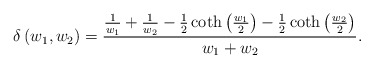
\begin{align*}\delta\left(w_1,w_2\right)= \frac{\frac{1}{w_{1}}+\frac{1}{w_{2}}-\frac{1}{2}\coth\left(\frac{w_{1}}{2}\right)-\frac{1}{2}\coth\left(\frac{w_{2}}{2}\right)}{w_{1}+w_{2}}.\end{align*}